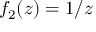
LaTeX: f _ { 2 } ( z ) = 1 / z \quad